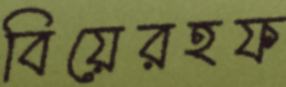
বিয়েরহফ